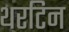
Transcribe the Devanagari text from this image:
थरटिन